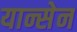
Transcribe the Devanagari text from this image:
यान्सेन